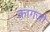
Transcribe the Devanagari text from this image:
कागजो